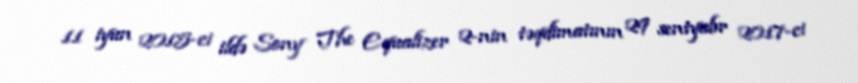
11 iyun 2015-ci ildə Sony The Equalizer 2-nin təqdimatının 29 sentyabr 2017-ci